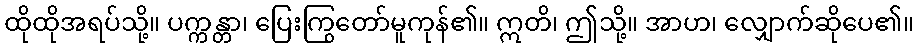
ထိုထိုအရပ်သို့။ ပက္ကန္တာ၊ ပြေးကြွတော်မူကုန်၏။ ဣတိ၊ ဤသို့။ အာဟ၊ လျှောက်ဆိုပေ၏။